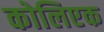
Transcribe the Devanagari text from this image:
कोलिएक